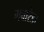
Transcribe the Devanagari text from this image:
गवारेडा